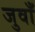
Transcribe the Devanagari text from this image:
जुवाँ